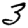
Digit: 3